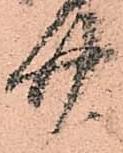
廿